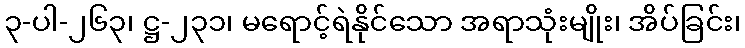
၃-ပါ-၂၆၃၊ ဋ္ဌ-၂၃၁၊ မရောင့်ရဲနိုင်သော အရာသုံးမျိုး၊ အိပ်ခြင်း၊